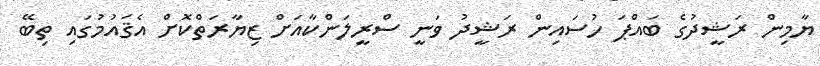
ޔާމިން ރަޝީދުގެ ބައްޕަ ހުސައިން ރަޝީދު ވަނީ ސްރީލަންކާއަށް ޒިޔާރަތްކޮށް އެޤައުމުގައި ތިބޭ